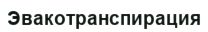
Эвакотранспирация